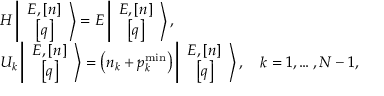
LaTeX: \begin{array} { l } { { H \left\vert \begin{array} { c } { { E , \left[ n \right] } } \\ { { \left[ q \right] } } \end{array} \right> = E \left\vert \begin{array} { c } { { E , \left[ n \right] } } \\ { { \left[ q \right] } } \end{array} \right> , } } \\ { { { U } _ { k } \left\vert \begin{array} { c } { { E , \left[ n \right] } } \\ { { \left[ q \right] } } \end{array} \right> = \left( n _ { k } + p _ { k } ^ { \mathrm { m i n } } \right) \left\vert \begin{array} { c } { { E , \left[ n \right] } } \\ { { \left[ q \right] } } \end{array} \right> , \quad k = 1 , \ldots , N - 1 , } } \end{array}